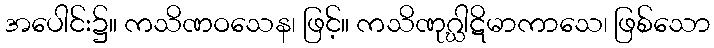
အပေါင်း၌။ ကသိဏဝသေန၊ ဖြင့်။ ကသိဏုဂ္ဃါဋိမာကာသေ၊ ဖြစ်သော